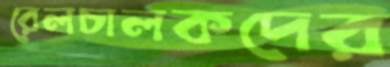
রেলচালকদের